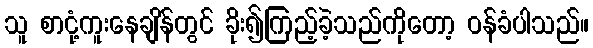
သူ စာငုံ့ကူးနေချိန်တွင် ခိုး၍ကြည့်ခဲ့သည်ကိုတော့ ဝန်ခံပါသည်။